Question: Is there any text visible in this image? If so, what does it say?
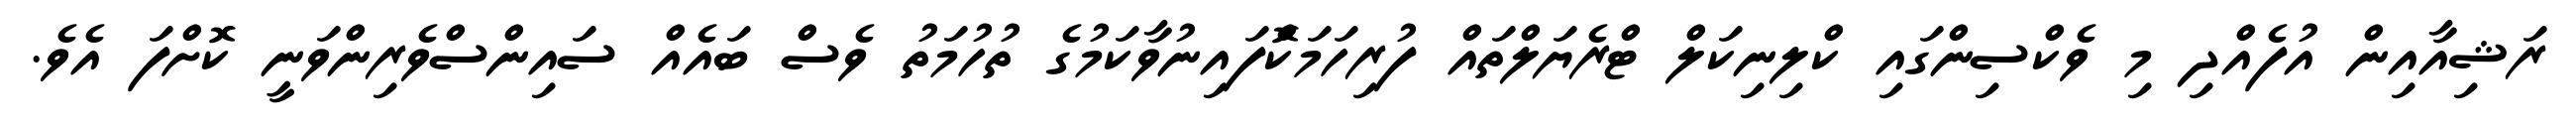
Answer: ރަޝިއާއިން އުފެއްދި މި ވެކްސިންގައި ކްލިނިކަލް ޓްރެޔަލްތައް ފުރިހަމަކޮްފައިނުވާކަމުގެ ތުހުމަތު ވެސް ބައެއް ސައިންސްވެރިންވަނީ ކޮށްފަ އެވެ.